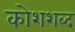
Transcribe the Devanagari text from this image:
कोशशब्द